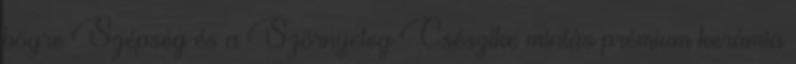
bögre Szépség és a Szörnyeteg Csészike mintás prémium kerámia